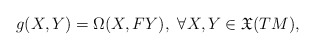
\begin{align*} g(X,Y)=\Omega(X,FY), \,\,\forall X,Y\in \mathfrak{X}(TM),\end{align*}